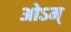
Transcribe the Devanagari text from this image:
ओऽम्‌